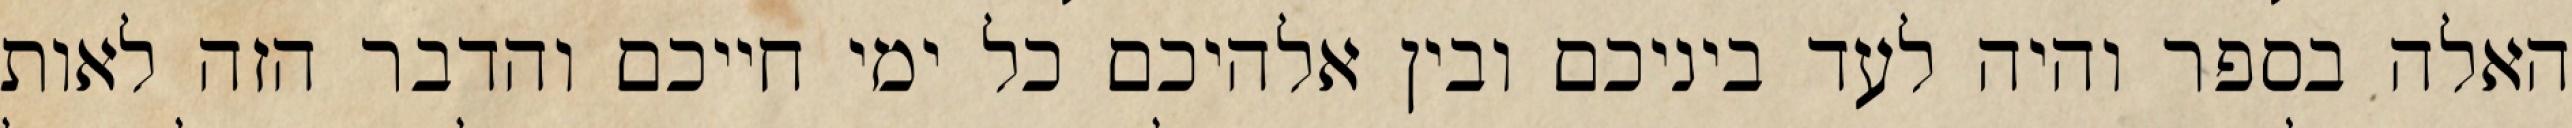
האלה בספר והיה לעד ביניכם ובין אלהיכם כל ימי חייכם והדבר הזה לאות